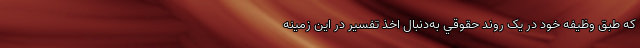
که طبق وظيفه خود در يک روند حقوقي به‌دنبال اخذ تفسير در اين زمينه